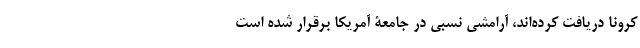
کرونا دریافت کرده‌اند، آرامشی نسبی در جامعۀ آمریکا برقرار شده است